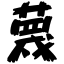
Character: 蔑